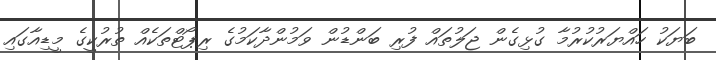
ބަޔަކު ހައްޔަރުކުރުމާ ގުޅިގެން ޖަލުތައް ފުރި ބަންޑުން ވަމުންދާކަމުގެ ރިޕޯޓްތަކެއް ތުރުކީގެ މީޑިއާގައި